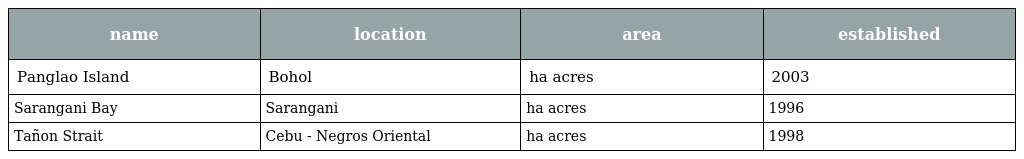
| name | location | area | established |
 | --- | --- | --- | --- |
 | Panglao Island | Bohol | ha acres | 2003 |
 | Sarangani Bay | Sarangani | ha acres | 1996 |
 | Tañon Strait | Cebu - Negros Oriental | ha acres | 1998 |